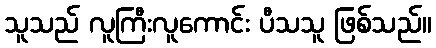
သူသည် လူကြီးလူကောင်း ပီသသူ ဖြစ်သည်။